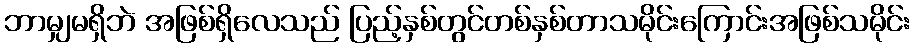
ဘာမျှမရှိဘဲ အဖြစ်ရှိလေသည် ပြည့်နှစ်တွင်တစ်နှစ်တာသမိုင်းကြောင်းအဖြစ်သမိုင်း